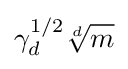
\gamma _{d}^{1/2}{\sqrt[{d}]{m}}